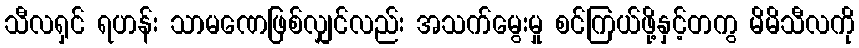
သီလရှင် ရဟန်း သာမဏေဖြစ်လျှင်လည်း အသက်မွေးမှု စင်ကြယ်ဖို့နှင့်တကွ မိမိသီလကို